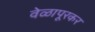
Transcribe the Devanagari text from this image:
वेळापूरकर